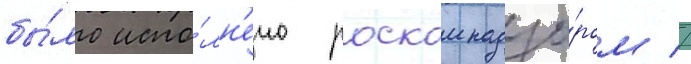
бы́ло испо́лн'ено роскомнадзо́ром //